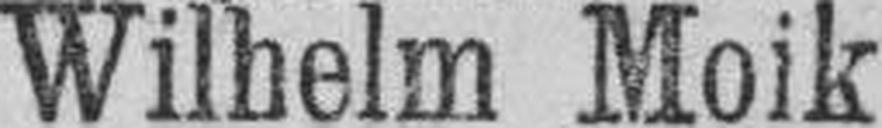
Wilhelm Moik